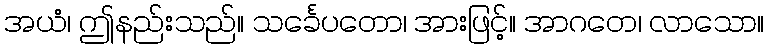
အယံ၊ ဤနည်းသည်။ သင်္ခေပတော၊ အားဖြင့်။ အာဂတေ၊ လာသော။